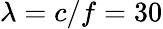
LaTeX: \lambda=c/f=30